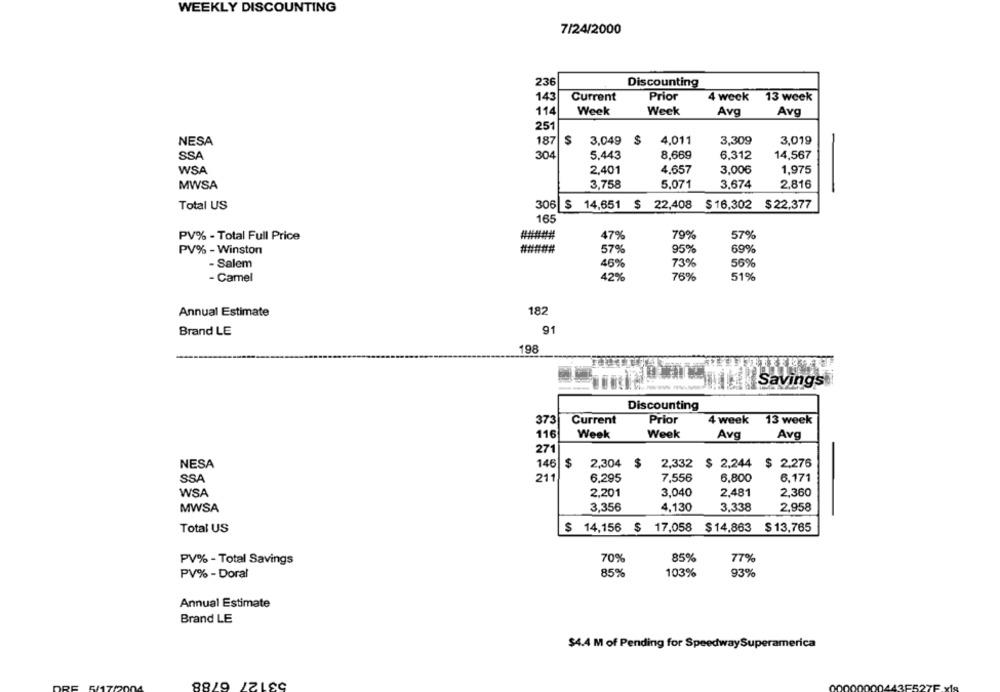
WEEKLY DISCOUNTING
7/24/2000
236
Discounting
143
Current
Prior
4 week 13 week
114
Week
Week
Avg
Avg
25
S
NESA
187
3,049 $
4,011
3,309
3,019
SSA
304
5.443
8.669
6.312
14,567
WSA
2,401
4.657
3,006
1,975
MWSA
3,758
5.071
3.674
2.816
Total US
306
$ 14,651 $ 22,408 $16,302 $22,377
165
47%
79%
57%
PV% - Total Full Price
#####
PV% - Winston
#####
57%
95%
69%
- Salem
73%
56%
46%
- Camel
42%
76%
51%
182
Annual Estimate
Brand LE
91
198
Savings
Discounting
373
Current
Prior
4 week
13 week
11
Week
Week
Avg
Avg
271
NESA
2,304
$
2,332 $ 2,244 $ 2,276
146
$
SSA
211
6,295
7,556
6,800
6,171
WSA
2,201
3,040
2,481
2,360
MWSA
3,356
4.130
3.338
2,958
Total US
$ 14,156 $ 17,058
$14,863 $13,765
PV% - Total Savings
70%
85%
77%
PV% - Doral
85%
103%
93%
Annual Estimate
Brand LE
$4.4 M of Pending for SpeedwaySuperamerica
53127 6788